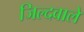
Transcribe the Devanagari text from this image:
जिल्दवाले